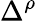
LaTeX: \Delta^{\rho}